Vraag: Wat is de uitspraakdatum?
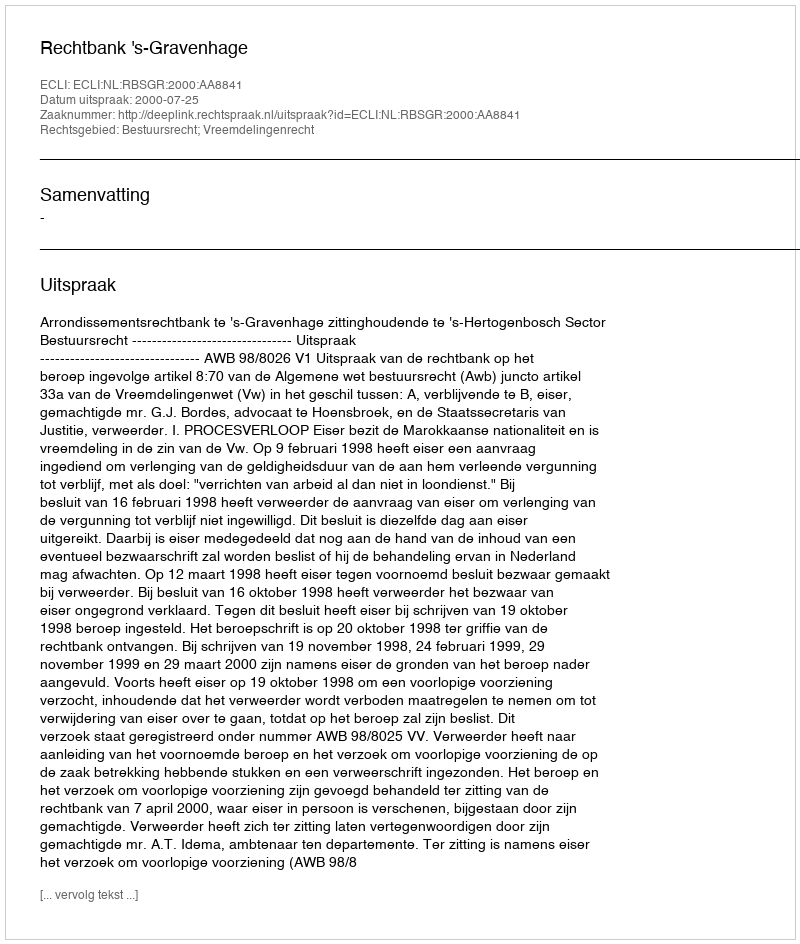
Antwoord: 2000-07-25